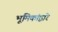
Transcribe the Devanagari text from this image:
भूमिकांद्वारे